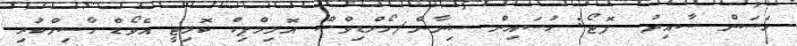
ހަސަން ސާއިދު  ފޮޓޯ: ހުސައިން ސިނާން/މޯލްޑިވްސް އޮލިމްޕިކް ކޮމިޓީ އެވޯޑް ހާސިލްކުރި